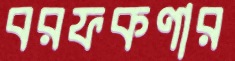
বরফকণার